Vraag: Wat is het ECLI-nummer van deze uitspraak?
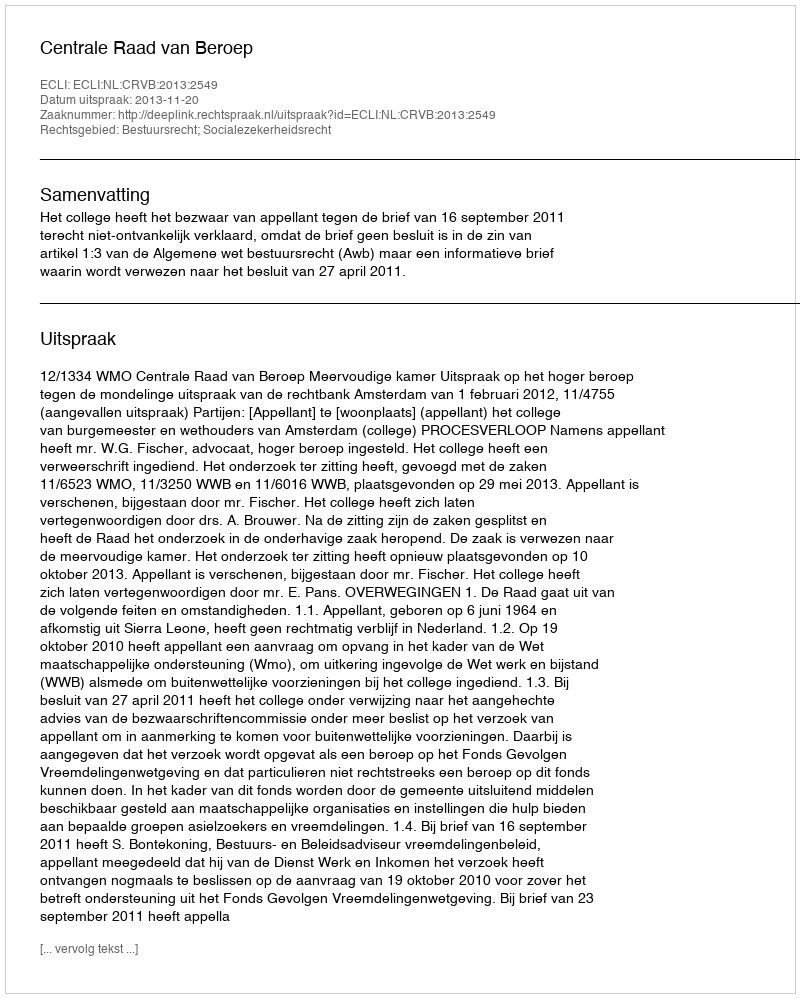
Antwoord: ECLI:NL:CRVB:2013:2549